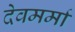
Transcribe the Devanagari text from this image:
देवमर्मा